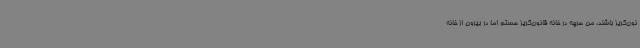
نون‌گریز باشند، من هرچه در خانه قانون‌گریز هستم اما در بیرون از خانه